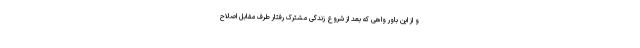
و از این باور واهی که بعد از شروع زندگی مشترک رفتار طرف مقابل اصلاح